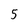
Character: 5